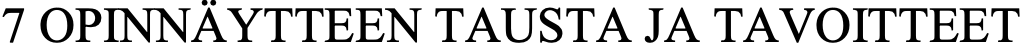
7 OPINNÄYTTEEN TAUSTA JA TAVOITTEET